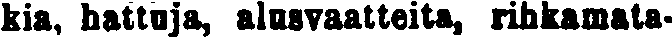
kia, hattuja, alusvaatteita, rihkamata-